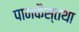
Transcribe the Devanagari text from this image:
पानकैस्तथा